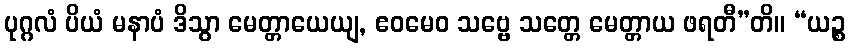
ပုဂ္ဂလံ ပိယံ မနာပံ ဒိသွာ မေတ္တာယေယျ, ဧဝမေဝ သဗ္ဗေ သတ္တေ မေတ္တာယ ဖရတီ”တိ။ “ယဉ္စ